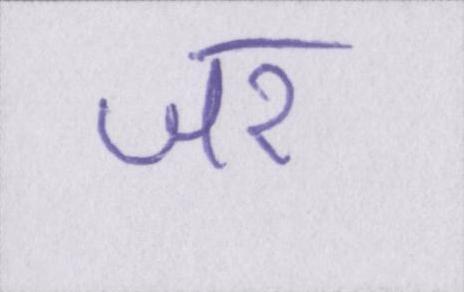
जर